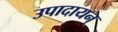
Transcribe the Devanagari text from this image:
उपादायन्